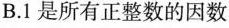
B.1是所有正整数的因数